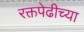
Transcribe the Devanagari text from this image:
रक्तपेढीच्या